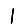
Digit: 1